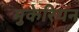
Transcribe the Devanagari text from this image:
मुकेरियन